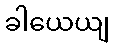
ခါယေယျ